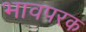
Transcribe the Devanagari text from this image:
भावपरक